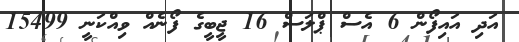
އަދި އައިފޯން 6 އެސް ޕްލަސް 16 ޖީބީގެ ފޯނެއް ވިއްްކަނީ 15499